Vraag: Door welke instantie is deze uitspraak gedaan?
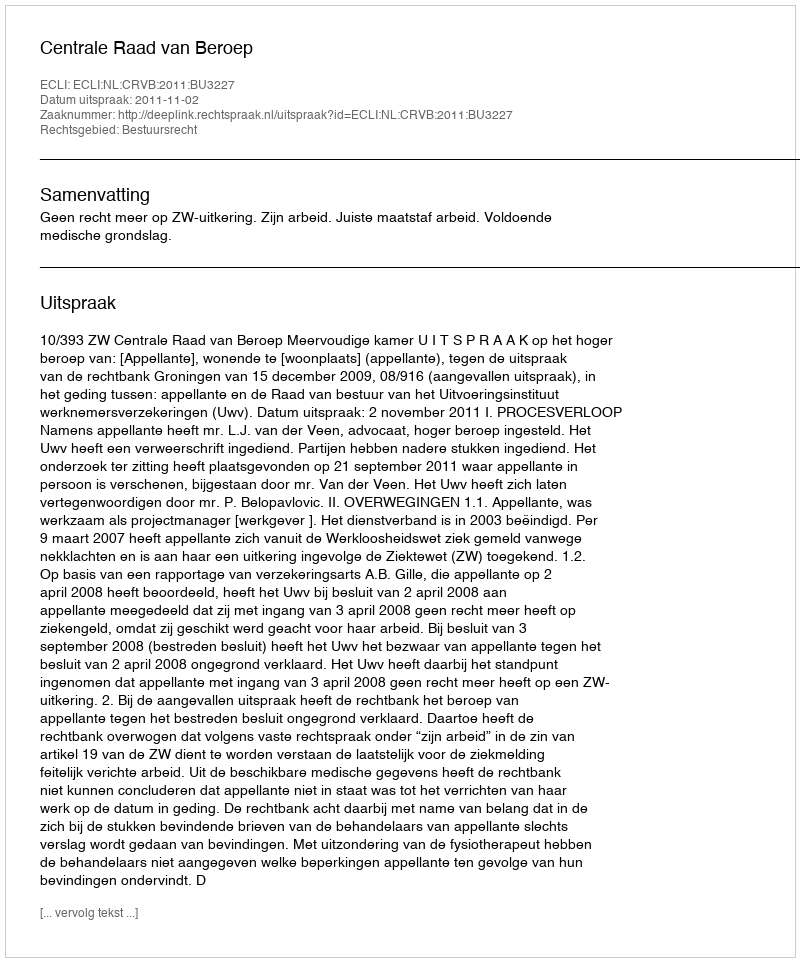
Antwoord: Centrale Raad van Beroep